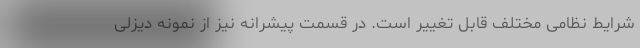
شرایط نظامی مختلف قابل تغییر است. در قسمت پیشرانه نیز از نمونه دیزلی